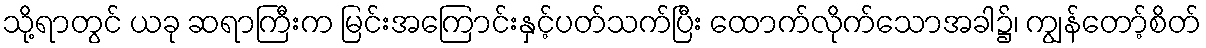
သို့ရာတွင် ယခု ဆရာကြီးက မြင်းအကြောင်းနှင့်ပတ်သက်ပြီး ထောက်လိုက်သောအခါ၌၊ ကျွန်တော့်စိတ်